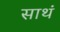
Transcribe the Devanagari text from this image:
साथं